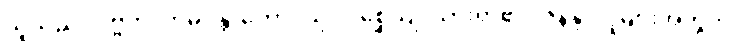
သူသည်။ ပဗ္ဗတံ၊ ဟိမဝန္တာတောင်သို့။ ဂစ္ဆေယျ၊ သွားရာ၏။ ဇနိန္ဒ၊ လူများအတွက်